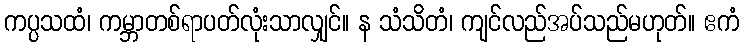
ကပ္ပသထံ၊ ကမ္ဘာတစ်ရာပတ်လုံးသာလျှင်။ န သံသိတံ၊ ကျင်လည်အပ်သည်မဟုတ်။ ဧကံ